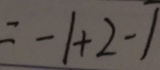
= - 1 + 2 - 1